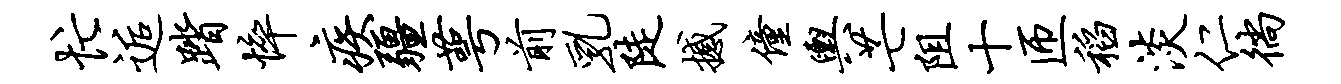
忙逅踏悴疾疆萼前乳陡撼僮舆芒阻十匝稻淡仁徜